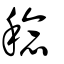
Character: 稔